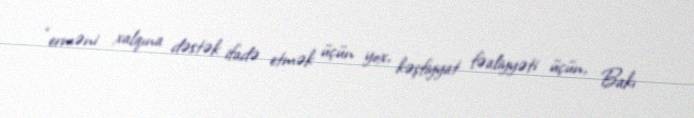
“erməni xalqına dəstək ifadə etmək üçün yox, kəşfiyyat fəaliyyəti üçün, Bakı